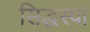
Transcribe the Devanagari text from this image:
सिद्धस्पा